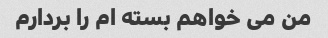
من می خواهم بسته ام را بردارم